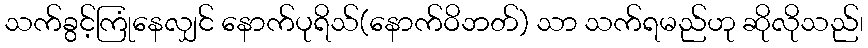
သက်ခွင့်ကြုံနေလျှင် နောက်ပုရိသ်(နောက်ဝိဘတ်) သာ သက်ရမည်ဟု ဆိုလိုသည်၊